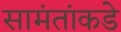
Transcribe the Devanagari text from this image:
सामंतांकडे